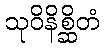
သုဝိနိစ္ဆိတံ